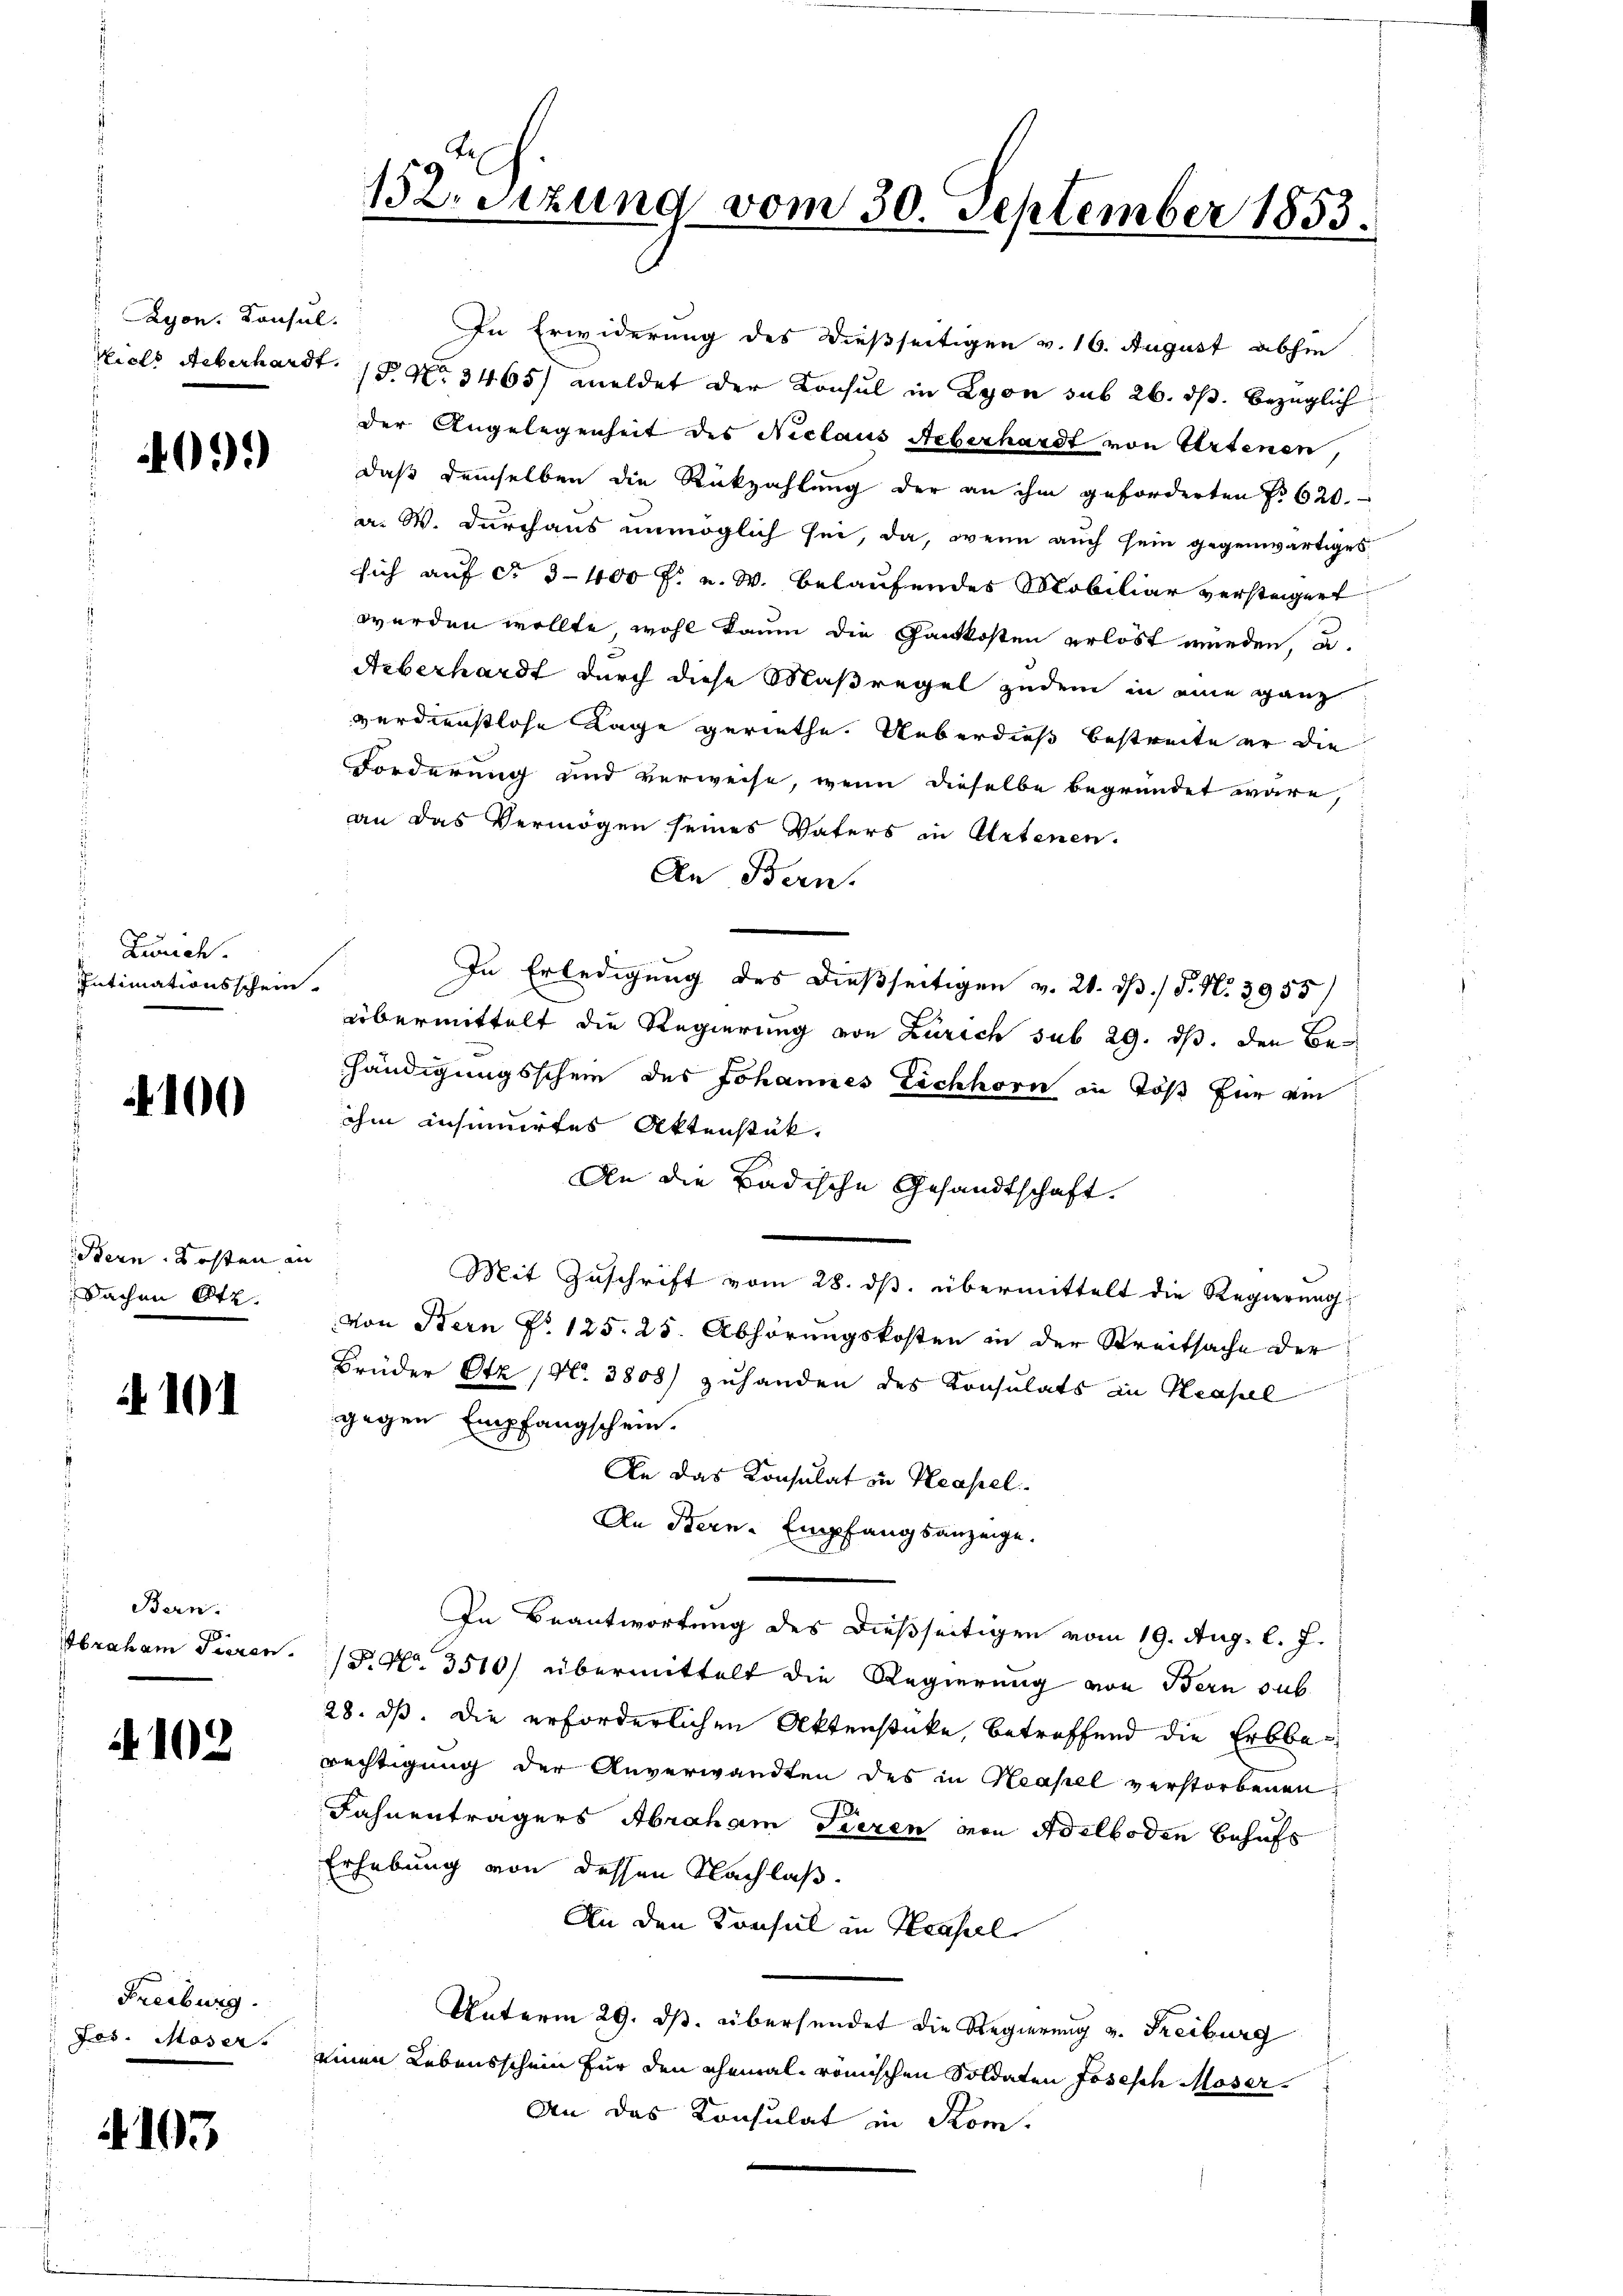
Rayon. Konsul

033

Zürich.
Intimationsschein.

100

Bern, Kosten an
Sachen Ott.

A 101

Bern.
Ibraham Tieren.

4102

Freiburg.
Jes. Moser

103

12. Sizung vom 30. September 1853.

In Erwiderung des dießseitigen v. 16. August abhin
Viels Aeberhardt. No 3465) meldet der Konsul in Lyon sub 26. ds. bezüglich
der Angelegenheit des Niclaus Ueberhardt von Artenen,
daß demselben die Rückzahlung der an ihm geforderten No 620.
a. W. durchaus unmöglich sei, da, wenn auch sein gegenwärtiges
sich auf §. 3400 f. u. W. belaufendes Mobiliar versteigent
werden wollte, wohl kaum die Gantkosten erlöst werden, u
Ueberhardt durch diese Maßregel zudem in eine ganz
verdienstlose Lage geriethe. Ueberdieß bestreite er die
Forderung und verweise, wenn dieselbe begründet wäre,
an das Vermögen seines Vaters in Artenen.
An Bern.
In Erledigung des dießseitigen v. 21. ds. / 5. No. 3955/
Übermittelt die Regierung von Zürich sub 29. ds. den Behändigungsschein des Johannes Eichhorn in Töß für ei
ihm insinuirtes Aktenstük.
An die Badische Gesandtschaft.
Mit Zuschrift vom 28. ds. übermittelt die Regierung
von Bern No 125. 25. Abhörungskosten in der Streitsache der
Brüder Otz (No. 3808) zuhanden des Konsulats in Neapel
gegen Empfangschein.
An das Konsulat in Hasel
An Bern-Empfangsanzeige.
In Beantwortung des dießseitigen vom 19. Aug. l. J.
P. Nr. 3510) übermittelt die Regierung von Bern sub
28. dß. Die erforderlichen Aktenstücke, betreffend die Erbberechtigung der Anverwandten des in Neapel verstorbenen
Fahnenträgers Abraham Tieren von Adelboden behufs
Erhebung von dessen Nachlaß.
An den Konsul in Krassel
Unterm 29. ds. übersendet die Regierung v. Freiburg
einen Lebensschein für den ehemal römischen Soldaten Josisch Moser
An das Konsulat in Rom.